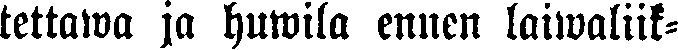
tettawa ja huwila ennen laiwaliik-